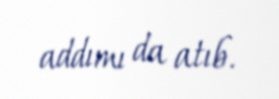
addımı da atıb.